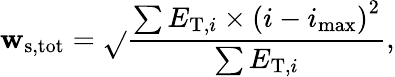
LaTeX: \mathbf{w}_{\mathrm{{s,tot}}}=\sqrt{}{{\frac{{\sum{E_{\mathrm{{T}},i}\times(i-i_{\mathrm{{max}}})}^{2}}}{{\sum{E_{\mathrm{{T}},i}}}}}},